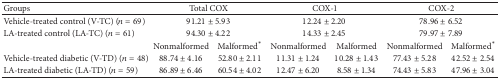
<table><thead><tr><td><b>Groups</b></td><td colspan="2"><b>Total COX</b></td><td colspan="2"><b>COX-1</b></td><td colspan="2"><b>COX-2</b></td></tr></thead><tbody><tr><td>Vehicle-treated control (V-TC) (<i>n</i> = 69)</td><td colspan="2">91.21 ± 5.93</td><td colspan="2">12.24 ± 2.20</td><td colspan="2">78.96 ± 6.52</td></tr><tr><td>LA-treated control (LA-TC) (<i>n</i> = 61)</td><td colspan="2">94.30 ± 4.22</td><td colspan="2">14.33 ± 2.45</td><td colspan="2">79.97 ± 7.89</td></tr><tr><td> </td><td>Nonmalformed</td><td>Malformed<sup><i>∗</i></sup></td><td>Nonmalformed</td><td>Malformed</td><td>Nonmalformed</td><td>Malformed<sup><i>∗</i></sup></td></tr><tr><td>Vehicle-treated diabetic (V-TD) (<i>n</i> = 48)</td><td>88.74 ± 4.16</td><td>52.80 ± 2.11</td><td>11.31 ± 1.24</td><td>10.28 ± 1.43</td><td>77.43 ± 5.28</td><td>42.52 ± 2.54</td></tr><tr><td>LA-treated diabetic (LA-TD) (<i>n</i> = 59)</td><td>86.89 ± 6.46</td><td>60.54 ± 4.02</td><td>12.47 ± 6.20</td><td>8.58 ± 1.34</td><td>74.43 ± 5.83</td><td>47.96 ± 3.04</td></tr></tbody></table>